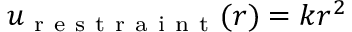
u _ { \mathrm { ~ r ~ e ~ s ~ t ~ r ~ a ~ i ~ n ~ t ~ } } ( r ) = k r ^ { 2 }